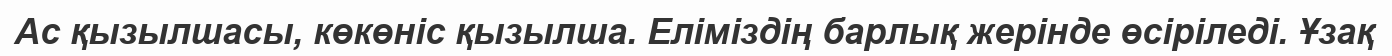
Ас қызылшасы, көкөніс қызылша. Еліміздің барлық жерінде өсіріледі. Ұзақ